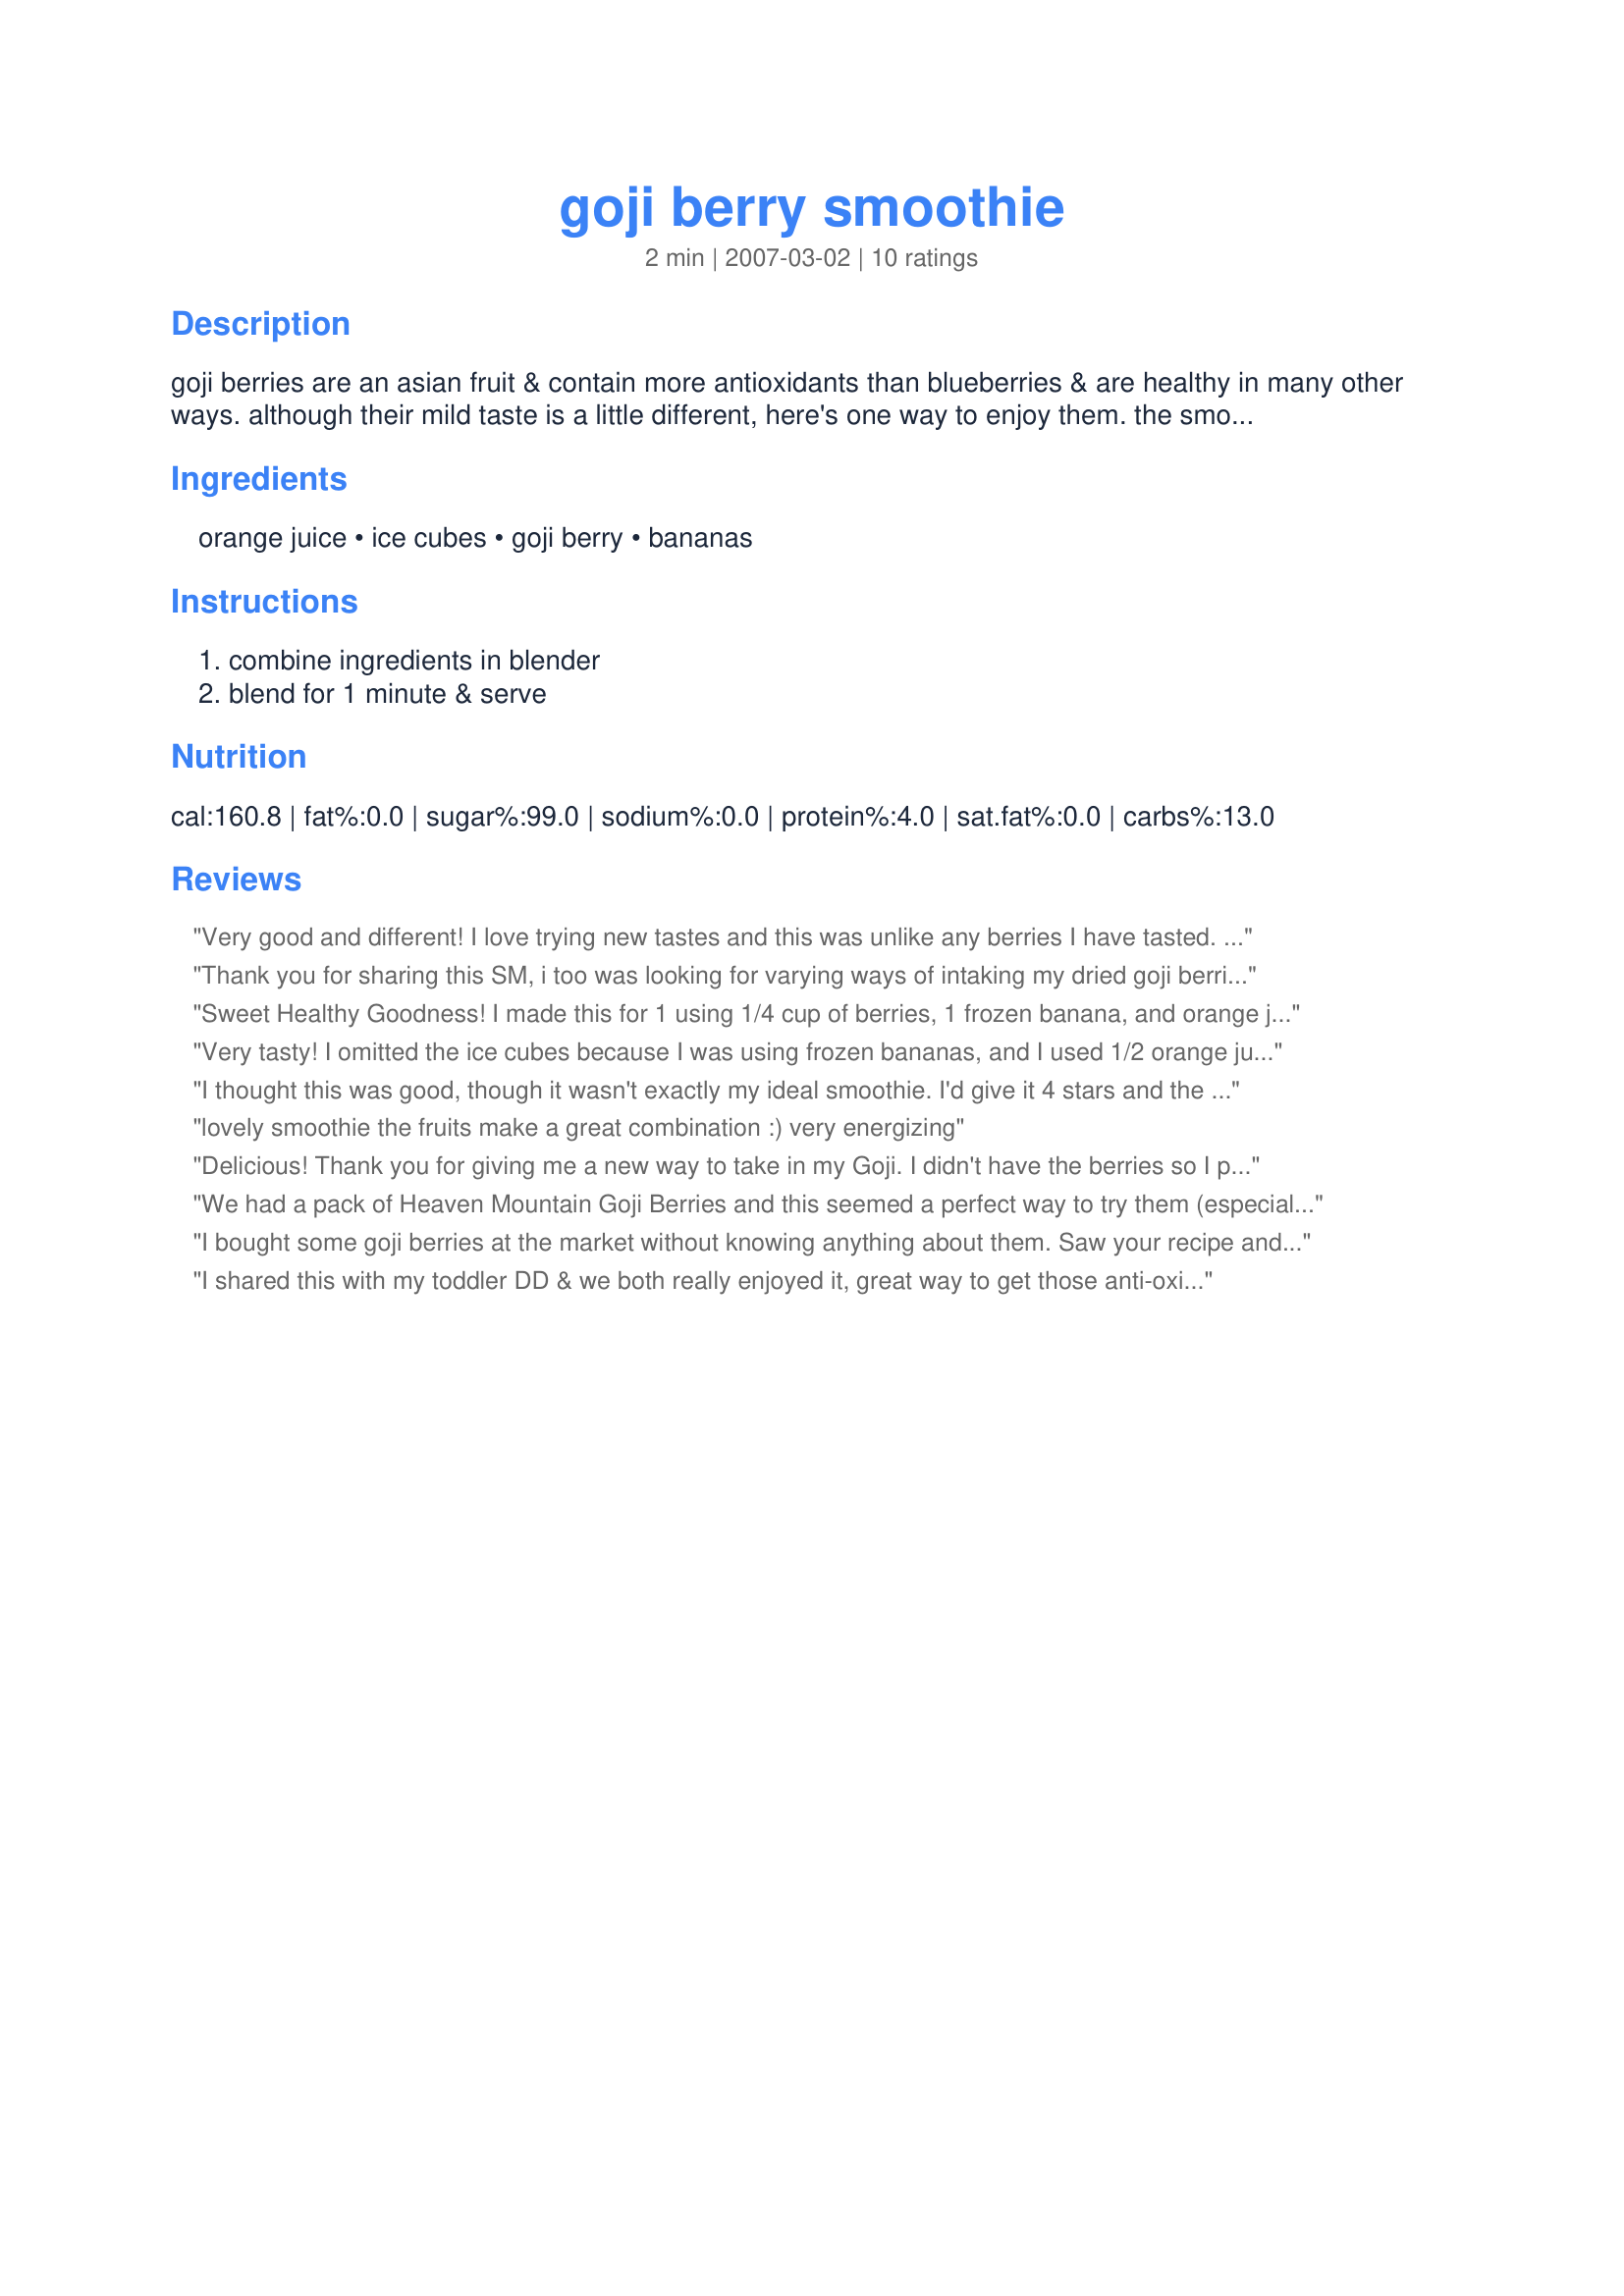
goji berry smoothie
Preparation time: 2 minutes

goji berries are an asian fruit & contain more antioxidants than blueberries & are healthy in many other ways. although their mild taste is a little different, here's one way to enjoy them. the smoothie can also be made with equal quantities of goji berries & other berries, apples or cherries, while substituting rice milk for the orange juice.

Ingredients:
orange juice, ice cubes, goji berry, bananas

Steps:
combine ingredients in blender, blend for 1 minute & serve

Reviews:
Very good and different! I love trying new tastes and this was unlike any berries I have tasted. Thanks Mike!
Thank you for sharing this SM, i too was looking for varying ways of intaking my dried goji berries and this works perfectly!! I use soya milk and blended tofu in my morning breakfast smoothy too for extra goodness. i really like this recipe. Thanks
Chive flower
Sweet Healthy Goodness! I made this for 1 using 1/4 cup of berries, 1 frozen banana, and orange juice. This makes a tall glass. Thanks for the morning kick start! ;)
Very tasty! I omitted the ice cubes because I was using frozen bananas, and I used 1/2 orange juice and 1/2 blood orange juice. Finally, a way to enjoy goji berries. Thanks Sydney Mike!
I thought this was good, though it wasn't exactly my ideal smoothie. I'd give it 4 stars and the fifth is from my mom, who was very impressed with it! She's improving her diet and plans to make this regularly! Thank you!
lovely smoothie

the fruits make a great combination :)

very energizing
Delicious! Thank you for giving me a new way to take in my Goji. I didn't have the berries so I put in an ounce of Goji juice and I only put in 1 banana. I'm thinking of adding apples and maybe with some pineapple. I WILL be making it again! Thank you for sharing.
We had a pack of Heaven Mountain Goji Berries and this seemed a perfect way to try them (especially since we're both getting over a cold, and this is such a healthy drink). This is a very yummy drink and you can definitely taste the Goji berries. We thought we'd include some Goji Berry info here for those who are unfamiliar to them. Goji berries (also called wolfberries) are grow in regions of China, Mongolia, and the Himalayas in Tibet. They're part of the nightshade family that includes peppers, tomatoes, and potatoes. Fresh ripe goji berries can be hard to track down, so people usually eat them dried. Similar in appearance to raisins, the dried berries have a tangy slightly sweet and sour taste.
I bought some goji berries at the market without knowing anything about them. Saw your recipe and thought that it was very informative and decided to try it. This was really good and I'm glad that I tried this pretty smoothie. I was pleasantly surprised. You could taste the orange juice and the banana. They complimented the tart, sharp, semi-sweet berries, very well.
I shared this with my toddler DD & we both really enjoyed it, great way to get those anti-oxidants!
Thanks!
